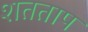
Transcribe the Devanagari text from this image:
शतताप